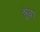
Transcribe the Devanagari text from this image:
श्रुवा